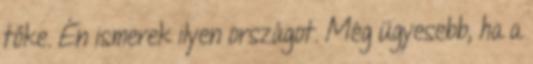
tőke. Én ismerek ilyen országot. Még ügyesebb, ha a